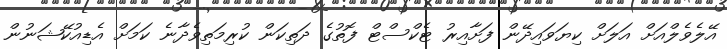
އޭލެވެލްއަށް އަލަށް ކިޔަވައިދޭން ފަށާއިރު ޓެކްސްޓް ފޮތުގެ ދަތިކަން ކުރިމަތިވެދާނެ ކަމަށް އެޑިއުކޭޝަނުން